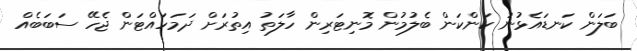
ބަލަން ކަނޑައެޅުނު ކަންކަން ބެލުމުން މޮނިޓަރިން ހާލަތު އިތުރަށް ދަމަހައްޓަން ޖެހޭ ސަބަބެއް